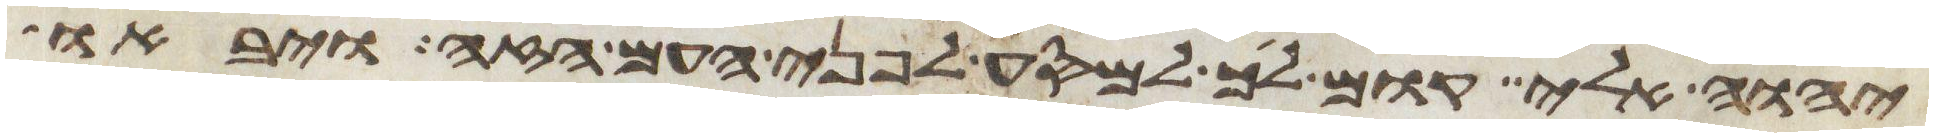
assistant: יהוה אלי קום לך למסע לפני העם הזה ויבאו